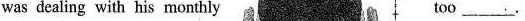
was dealing with his monthly too___.